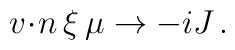
{v \!\cdot\! n} \, \xi \, \mu \to - i J\, .